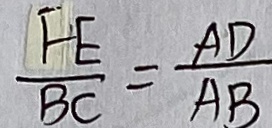
\frac { F E } { B C } = \frac { A D } { A B }